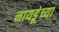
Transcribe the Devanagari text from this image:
नायडूंच्या